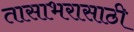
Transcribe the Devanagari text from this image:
तासाभरासाठी